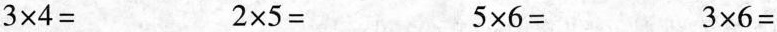
$$3\times 4=$$ $$2\times 5=$$ $$5\times 6=$$ $$3\times 6=$$